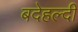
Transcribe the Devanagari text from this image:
बदेहल्दी